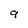
Character: 9